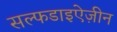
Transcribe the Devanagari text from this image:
सल्फडाइऐज़ीन